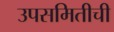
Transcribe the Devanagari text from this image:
उपसमितीची